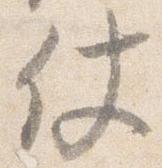
仗